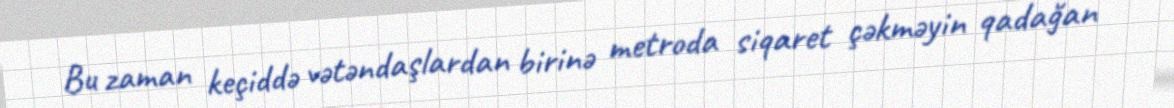
Bu zaman keçiddə vətəndaşlardan birinə metroda siqaret çəkməyin qadağan